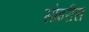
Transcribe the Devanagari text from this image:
सोइरीस